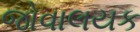
જોવાલયક